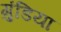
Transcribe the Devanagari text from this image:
गुंडिया